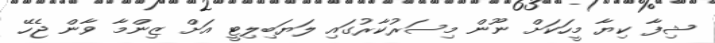
ޝިފާ ކިޔާ މީހަކަށް ނޫން މިސަރުކާރުގައި ލަޔަބިލިޓީ އަށް ޒިންމާ ވާން ޖެހޭ